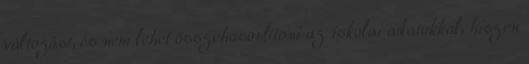
változást, és nem lehet összehasonlítani az iskolai adatokkal, hiszen